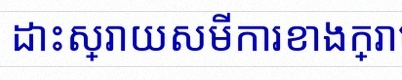
ដោះស្រាយសមីការខាងក្រោម